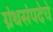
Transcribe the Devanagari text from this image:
ग्रंथसंपदेचे